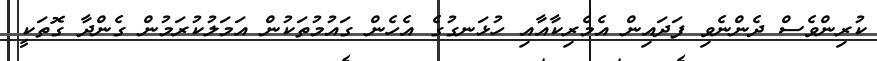
ކުރިންވެސް ދެންނެވި ފަދައިން އެމެރިކާއާއި ހުޅަނގުގެ އެހެން ގައުމުތަކުން އަމަލުކުރަމުން ގެންދާ ގޮތަކީ